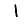
Digit: 1